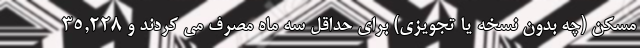
مسکن (چه بدون نسخه یا تجویزی) برای حداقل سه ماه مصرف می کردند و 35,228